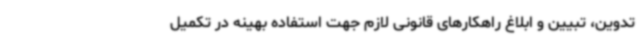
تدوین، تبیین و ابلاغ راهکارهای قانونی لازم جهت استفاده بهینه در تکمیل